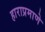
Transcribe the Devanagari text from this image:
हाराप्रमाणे